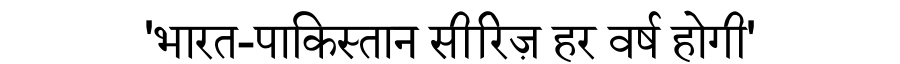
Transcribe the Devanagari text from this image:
'भारत-पाकिस्तान सीरिज़ हर वर्ष होगी'